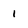
Character: 1